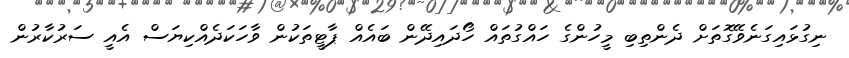
ނިގުޅައިގަނެވޭގޮތަށް ދެންތިބި މީހުންގެ ހައްގުތައް ހޯދައިދޭން ބައެއް ޕާޓީތަކުން ވާހަކަދެއްކިޔަސް އެއީ ސަރުކާރުން